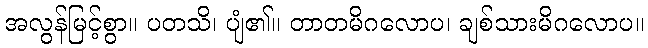
အလွန်မြင့်စွာ။ ပတသိ၊ ပျံ၏။ တာတမိဂလောပ၊ ချစ်သားမိဂလောပ။